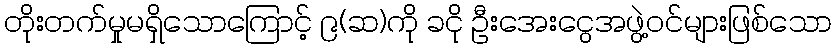
တိုးတက်မှုမရှိသောကြောင့် ၉(ဆ)ကို ခငို ဦးအေးငွေအဖွဲ့ဝင်များဖြစ်သော